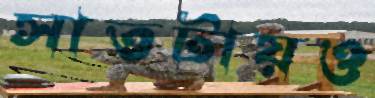
সাতটায়ও